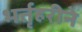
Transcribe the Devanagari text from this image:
भर्तृहरीने